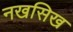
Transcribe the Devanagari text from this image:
नखसिख